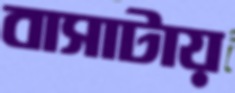
বাসাটায়